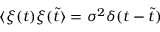
\langle \xi ( t ) \xi ( \tilde { t } \rangle = \sigma ^ { 2 } \delta ( t - \tilde { t } )